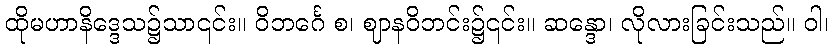
ထိုမဟာနိဒ္ဒေသ၌သာ၎င်း။ ဝိဘင်္ဂေ စ၊ ဈာနဝိဘင်း၌၎င်း။ ဆန္ဒော၊ လိုလားခြင်းသည်။ ဝါ၊